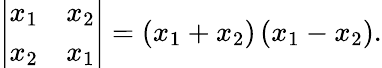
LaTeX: \left|{\begin{array}{cc}{x_{1}}&{x_{2}}\\ {x_{2}}&{x_{1}}\end{array}}\right|=\left(x_{1}+x_{2}\right)\left(x_{1}-x_{2}\right).